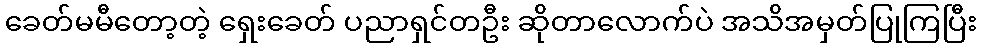
ခေတ်မမီတော့တဲ့ ရှေးခေတ် ပညာရှင်တဦး ဆိုတာလောက်ပဲ အသိအမှတ်ပြုကြပြီး